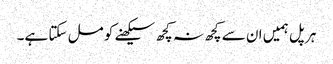
ہر پل ہمیں ان سے کچھ نہ کچھ سیکھنے کو مل سکتا ہے۔